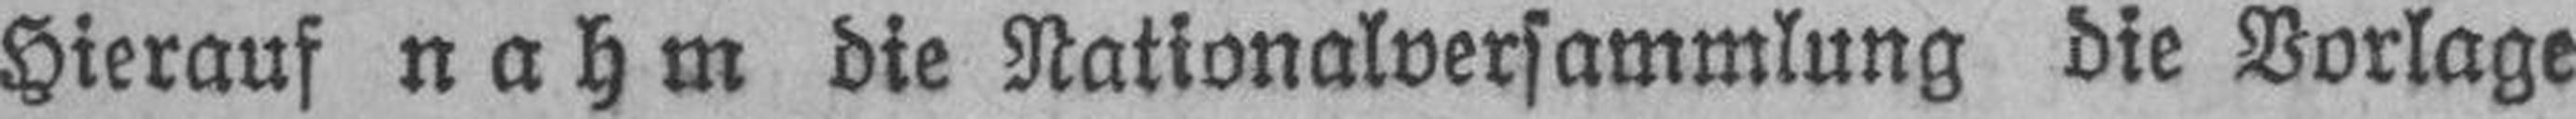
Hierauf nahm die Nationalversammlung die Vorlage